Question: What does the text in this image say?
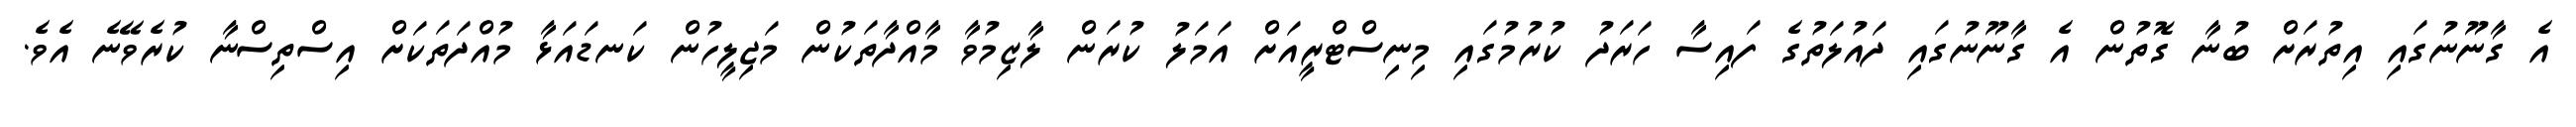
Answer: އެ ގާނޫނުގައި އިތުރަށް ބުނާ ގޮތުން އެ ގާނޫނުގައި ދައުލަތުގެ ފައިސާ ހަރަދު ކުރުމުގައި މިނިސްޓްރީއަށް އަމަލު ކުރަން ލާޒިމުވާ މާއްދާތަކުން މަޖިލީހުން ކަނޑައަޅާ މުއްދަތަކަށް އިސްތިސްނާ ކުރެވޭނެ އެވެ.